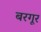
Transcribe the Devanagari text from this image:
बरगूर